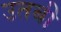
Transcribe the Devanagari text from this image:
उतबी